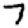
Digit: 7